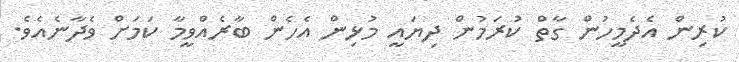
ކުރިން އެދެމީހުން ގާތް ކުރަމުން ދިޔައީ މުޅިން އެހެން ބާރެއްވީމާ ކަމަށް ވެދާނެއެވެ.